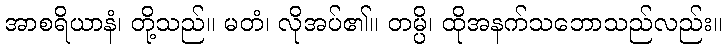
အာစရိယာနံ၊ တို့သည်။ မတံ၊ လိုအပ်၏။ တမ္ပိ၊ ထိုအနက်သဘောသည်လည်း။